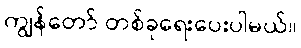
ကျွန်တော် တစ်ခုရေးပေးပါမယ်။